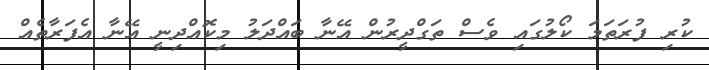
ކުރި ފުރަތަމަ ކޯލުގައި ވެސް ތަގްދީރުން އޭނާ ބައްދަލު މިކޮއްދިނީ އޭނާ އެފަރާތެއް